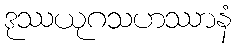
ဒုဿယုဂသဟဿာနံ